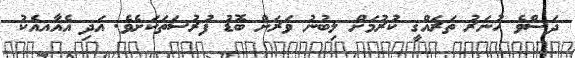
ދަސްވެ ހުނަރު ތަރައްގީ ކުރުމަށް ލިބުނު ވަރަށް ބޮޑު ފުރުސަތަކަށެވެ. އަދި އެއާއއެކު